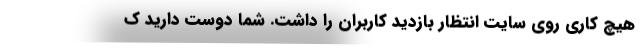
هیچ کاری روی سایت انتظار بازدید کاربران را داشت. شما دوست دارید ک